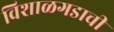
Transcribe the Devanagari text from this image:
विशाळगडाची